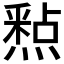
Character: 𮡐